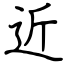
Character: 近